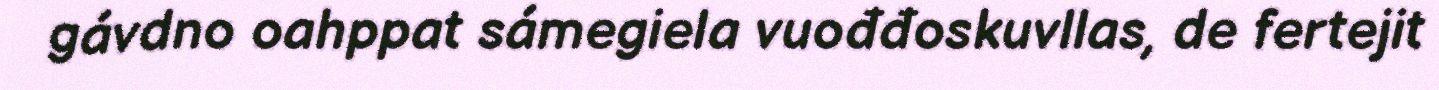
gávdno oahppat sámegiela vuođđoskuvllas, de fertejit